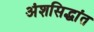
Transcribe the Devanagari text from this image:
अंशसिद्धांत